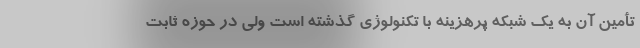
تأمین آن به یک شبکه پرهزینه با تکنولوژی گذشته است ولی در حوزه ثابت